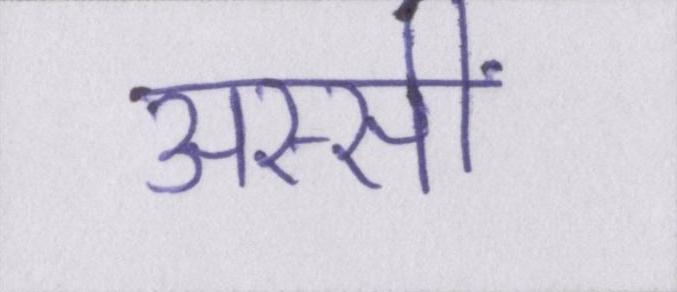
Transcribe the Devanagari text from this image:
अस्सीं